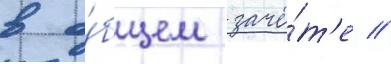
в о́бщем зачё́т'е //